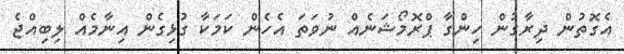
އެގޮތުން ދިރާގުން ހިންގާ ޕްރޮމޯޝަނެއް ނުވަތަ އެހެން ކަމަކާ ގުޅިގެން އިނާމެއް ލިބިއްޖެ